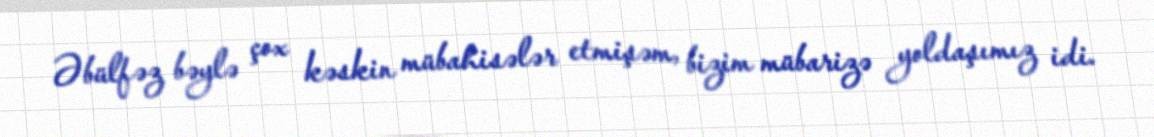
Əbülfəz bəylə çox kəskin mübahisələr etmişəm, bizim mübarizə yoldaşımız idi.